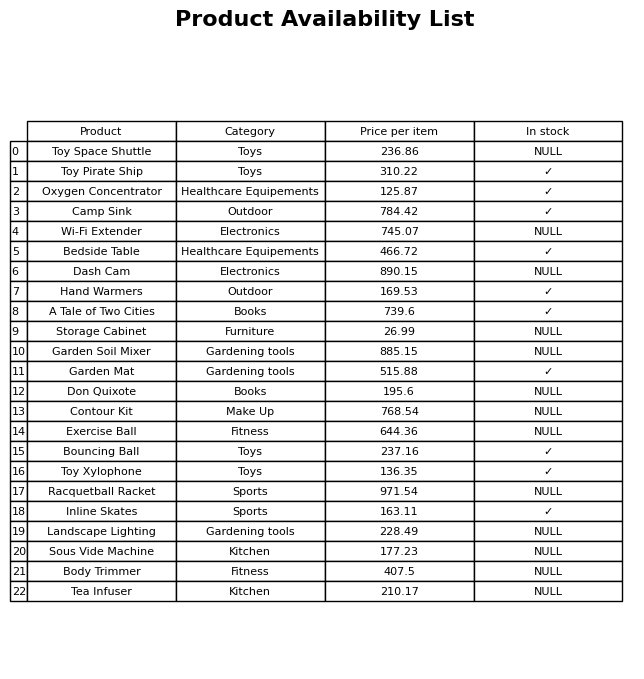
question: What is the price for Don Quixote?
answer: The price of Don Quixote is 195.6.